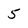
Character: 5